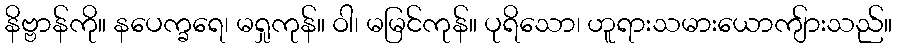
နိဗ္ဗာန်ကို။ နပေက္ခရေ၊ မရှုကုန်။ ဝါ၊ မမြင်ကုန်။ ပုရိသော၊ ဟူရားသမားယောကျ်ားသည်။